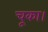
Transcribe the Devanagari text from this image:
चूका।